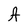
Character: A